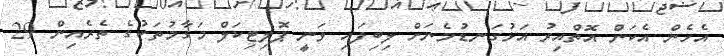
އެހެން އެކަން އޮތްއިރު އަޅުގަނޑުމެނަށް ލިބިފައި ވަނީ ޕޮލިޓިކަލް މަގާމުތަކުގެ ތެރެއިން 29